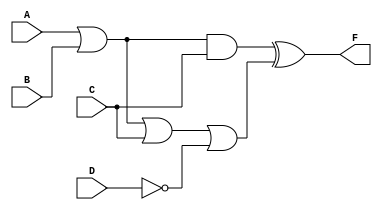
module P2(A, B, C, D, F);
	
	input A, B, C, D;
	output F;
	 
	assign F = ((A|B) & C) ^ ((A|B) | C | (~D));

endmodule